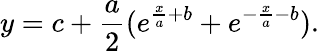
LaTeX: y=c+\frac{a}{2}(e^{\frac{x}{a}+b}+e^{-\frac{x}{a}-b}).